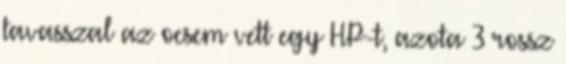
tavasszal az ocsem vett egy HP-t, azota 3 rossz